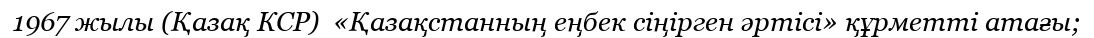
1967 жылы (Қазақ КСР)  «Қазақстанның еңбек сіңірген әртісі» құрметті атағы;